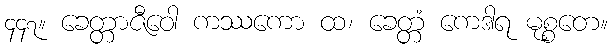
၄၄၇။ ခေတ္တာဇီဝေါ ကဿကော ထ၊ ခေတ္တံ ကေဒါရ မုစ္စတေ။